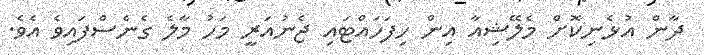
ދާން އުޅެނިކޮށް މެލޭޝިއާ އިން ހިފަހައްޓައި ޖެނުއަރީ މަހު މާލެ ގެނެސްފައިވެ އެވެ.